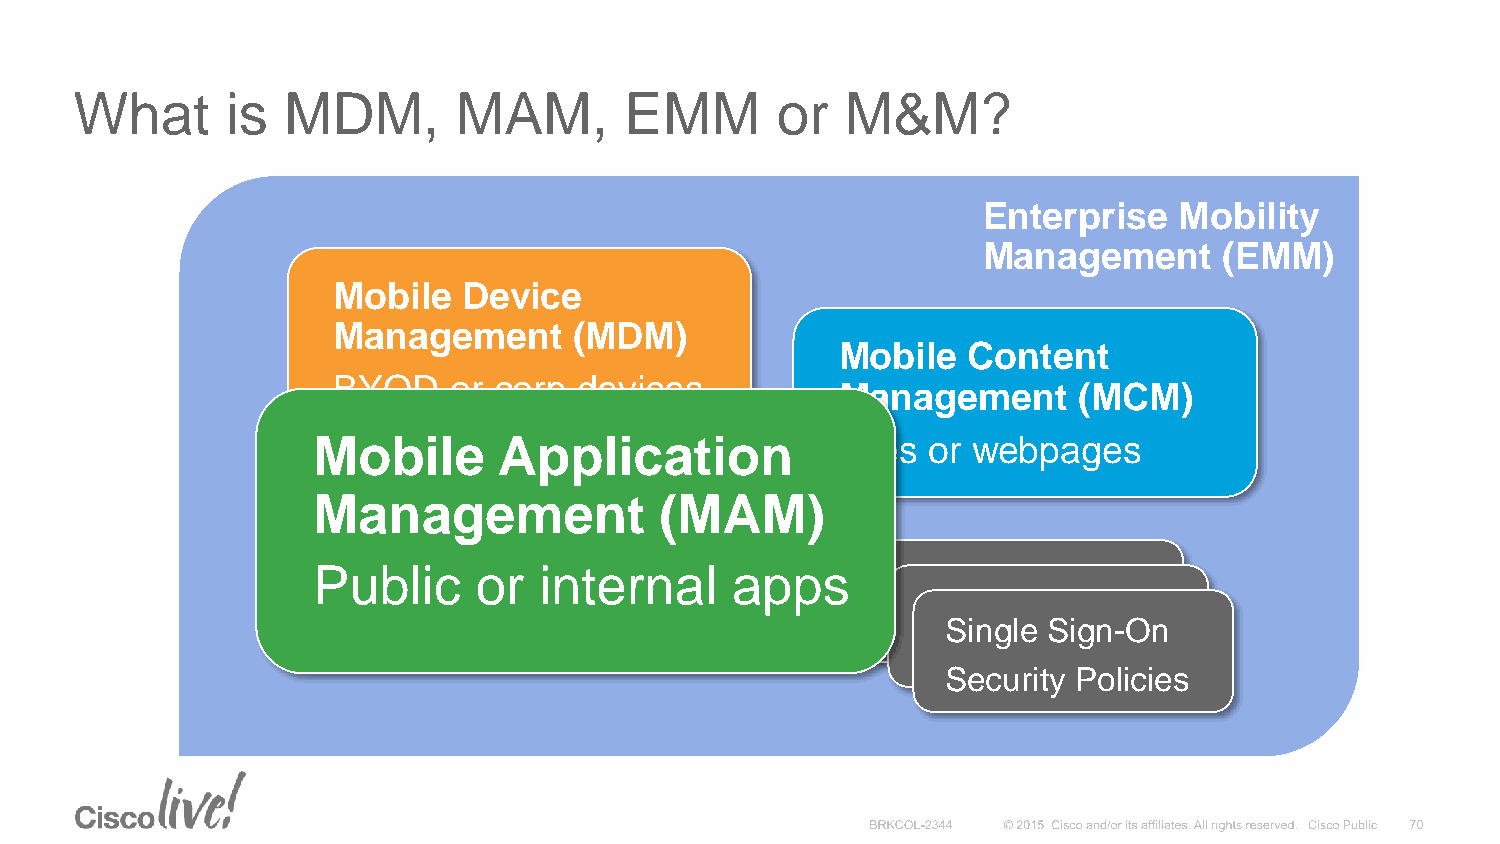
What      is  MDM,       MAM,       EMM       or   M&M?
 Enterprise   Mobility
 Management      (EMM)
 Mobile   Device
 Management      (MDM)
 Mobile  Content
 BYOD    or corp devices
 Management     (MCM)
 Mobile      Application            Files or webpages
 Management             (MAM)
 Public    or   internal    apps
 Single Sign-On
 Security Policies